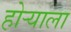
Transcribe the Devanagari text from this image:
होर्‍याला